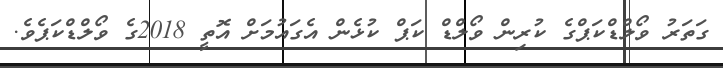
ގަތަރު ވޯލްޑްކަޕްގެ ކުރިން ވޯލްޑް ކަޕް ކުޅެން އެގައުމަށް އޮތީ 2018ގެ ވޯލްޑްކަޕެވެ.